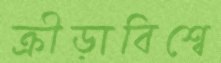
ক্রীড়াবিশ্বে